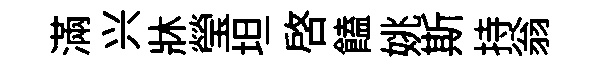
滿兴牀瑩坦啓饁姚斯持翁